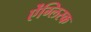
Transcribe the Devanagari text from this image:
ऐंग्लिस्क